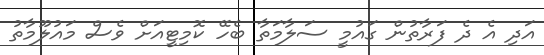
އަދި އެ ދެ ފަރާތުން ގައުމީ ސަލާމަތާ ބެހޭ ކޮމިޓީއަށް ވެސް މައުލޫމާތު